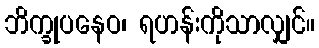
ဘိက္ခုပနေဝ၊ ရဟန်းကိုသာလျှင်။